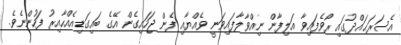
އެސަރަޙައްދުގައި ރޯވެފައިވާ އަލިފާން ނިއްވާލާފައިވަނީ ވެއްޔާއި ފެން ޖަހައިގެން އޭގެ ބައިގަޑިއެއްހާއިރު ފަހުންނެވެ.